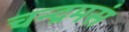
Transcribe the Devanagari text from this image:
चन्द्रमसं